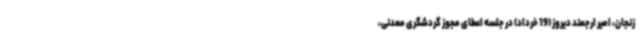
زنجان، امیر ارجمند دیروز (19 خرداد) در جلسه اعطای مجوز گردشگری معدنی،